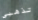
تذهبي